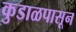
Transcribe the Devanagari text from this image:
कुडाळपासून